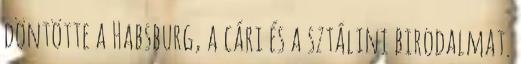
döntötte a Habsburg, a cári és a sztálini birodalmat.